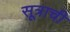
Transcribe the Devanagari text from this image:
सूत्राची